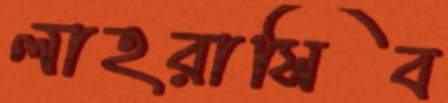
লাহরাসিব